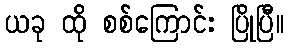
ယခု ထို စစ်ကြောင်း ပြိုပြီ။